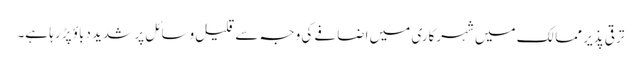
ترقی پذیر ممالک میں شہرکاری میں اضافے کی وجہ سے قلیل وسائل پر شدید دباؤ پڑ رہا ہے۔